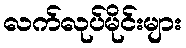
လက်လုပ်မိုင်းများ